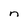
Character: n